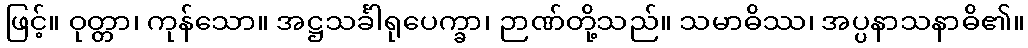
ဖြင့်။ ဝုတ္တာ၊ ကုန်သော။ အဋ္ဌသင်္ခါရုပေက္ခာ၊ ဉာဏ်တို့သည်။ သမာဓိဿ၊ အပ္ပနာသနာဓိ၏။